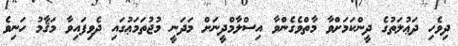
ދިވެހި ދަޢުލަތުގެ ދީންކަމަށްވާ މާތްވެގެންވާ އިސްލާމްދީނަށް މަދަނީ މުޖުތަމަޢުގައި ދެވިފައިވާ މަޤާމު ހަނިވެ